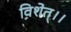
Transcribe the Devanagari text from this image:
विशेत्।।